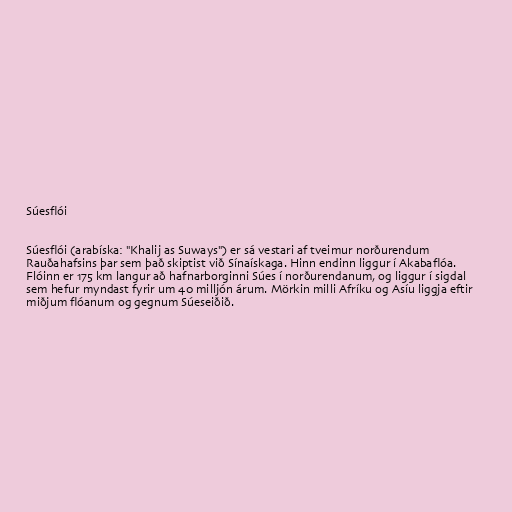
Súesflói

Súesflói (arabíska: "Khalij as Suways") er sá vestari af tveimur norðurendum
Rauðahafsins þar sem það skiptist við Sínaískaga. Hinn endinn liggur í Akabaflóa.
Flóinn er 175 km langur að hafnarborginni Súes í norðurendanum, og liggur í sigdal
sem hefur myndast fyrir um 40 milljón árum. Mörkin milli Afríku og Asíu liggja eftir
miðjum flóanum og gegnum Súeseiðið.